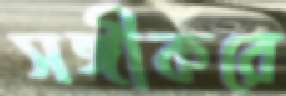
সঙ্গীকরে